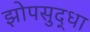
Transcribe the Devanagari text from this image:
झोपसुद्धा